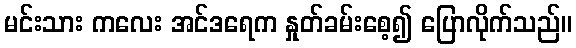
မင်းသား ကလေး အင်ဒရေက နှုတ်ခမ်းစေ့၍ ပြောလိုက်သည်။